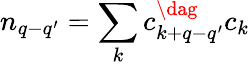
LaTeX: n_{q-q^{\prime}}=\sum_{k}c_{k+q-q^{\prime}}^{\dag}c_{k}